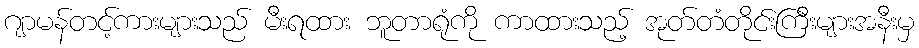
ဂျာမန်တင့်ကားများသည် မီးရထား ဘူတာရုံကို ကာထားသည့် အုတ်တံတိုင်းကြီးများအနီးမှ